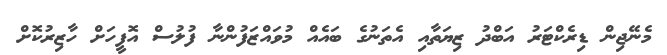
މެނޭޖިން ޑިރެކްޓަރު އަބްދު ޒިޔަތާއި އެތަނުގެ ބައެއް މުވައްޒަފުންނާ ފުލުސް އޮފީހަށް ހާޒިރުކޮށް